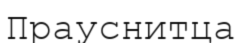
Прауснитца